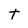
Character: t